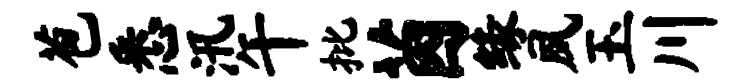
苞悉汛午批茵缘夙玉川